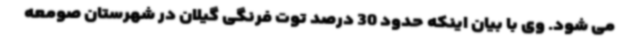
می شود. وی با بیان اینکه حدود 30 درصد توت فرنگی گیلان در شهرستان صومعه